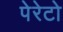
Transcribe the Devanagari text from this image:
पेरेटो